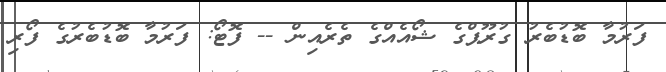
ފަރުމާ ބޮޑުބެރު ގުރޫޕްގެ ޝޯއެއްގެ ތެރެއިން -- ފޮޓޯ: ފަރުމާ ބޮޑުބެރުގެ ފޯރި